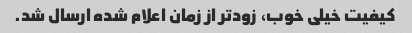
کیفیت خیلی خوب، زودتر از زمان اعلام شده ارسال شد.